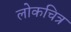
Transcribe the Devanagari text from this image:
लोकचित्र